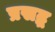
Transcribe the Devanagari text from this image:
प्रसद्ध